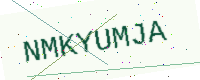
Text: NMKYUMJA